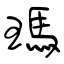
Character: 瑪